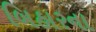
બિહારના